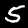
Label: 5